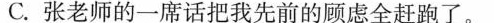
C.张老师的一席话把我先前的顾虑全赶跑了。